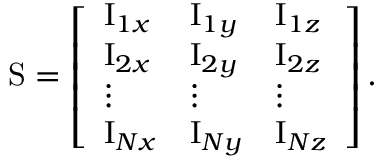
\mathrm { S } = \left[ \begin{array} { l l l } { \mathrm { I } _ { 1 x } } & { \mathrm { I } _ { 1 y } } & { \mathrm { I } _ { 1 z } } \\ { \mathrm { I } _ { 2 x } } & { \mathrm { I } _ { 2 y } } & { \mathrm { I } _ { 2 z } } \\ { \vdots } & { \vdots } & { \vdots } \\ { \mathrm { I } _ { N x } } & { \mathrm { I } _ { N y } } & { \mathrm { I } _ { N z } } \end{array} \right] .